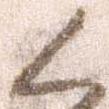
く